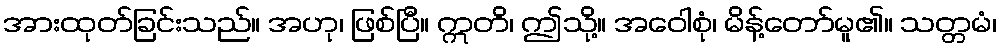
အားထုတ်ခြင်းသည်။ အဟု၊ ဖြစ်ပြီ။ ဣတိ၊ ဤသို့။ အဝေါစုံ၊ မိန့်တော်မူ၏။ သတ္တမံ၊